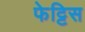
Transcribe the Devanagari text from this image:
फेट्टिस